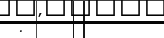
: